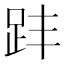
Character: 𧿣